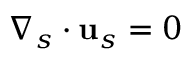
\boldsymbol { \nabla } _ { s } \boldsymbol { \cdot } \mathbf { u } _ { s } = 0